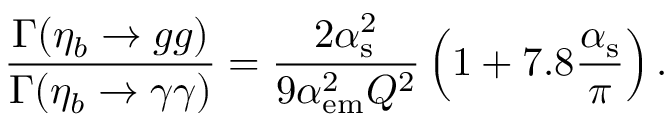
\frac { \Gamma ( \eta _ { b } \to g g ) } { \Gamma ( \eta _ { b } \to \gamma \gamma ) } = \frac { 2 \alpha _ { \mathrm { s } } ^ { 2 } } { 9 \alpha _ { \mathrm { e m } } ^ { 2 } Q ^ { 2 } } \left( 1 + 7 . 8 \frac { \alpha _ { \mathrm { s } } } { \pi } \right) .